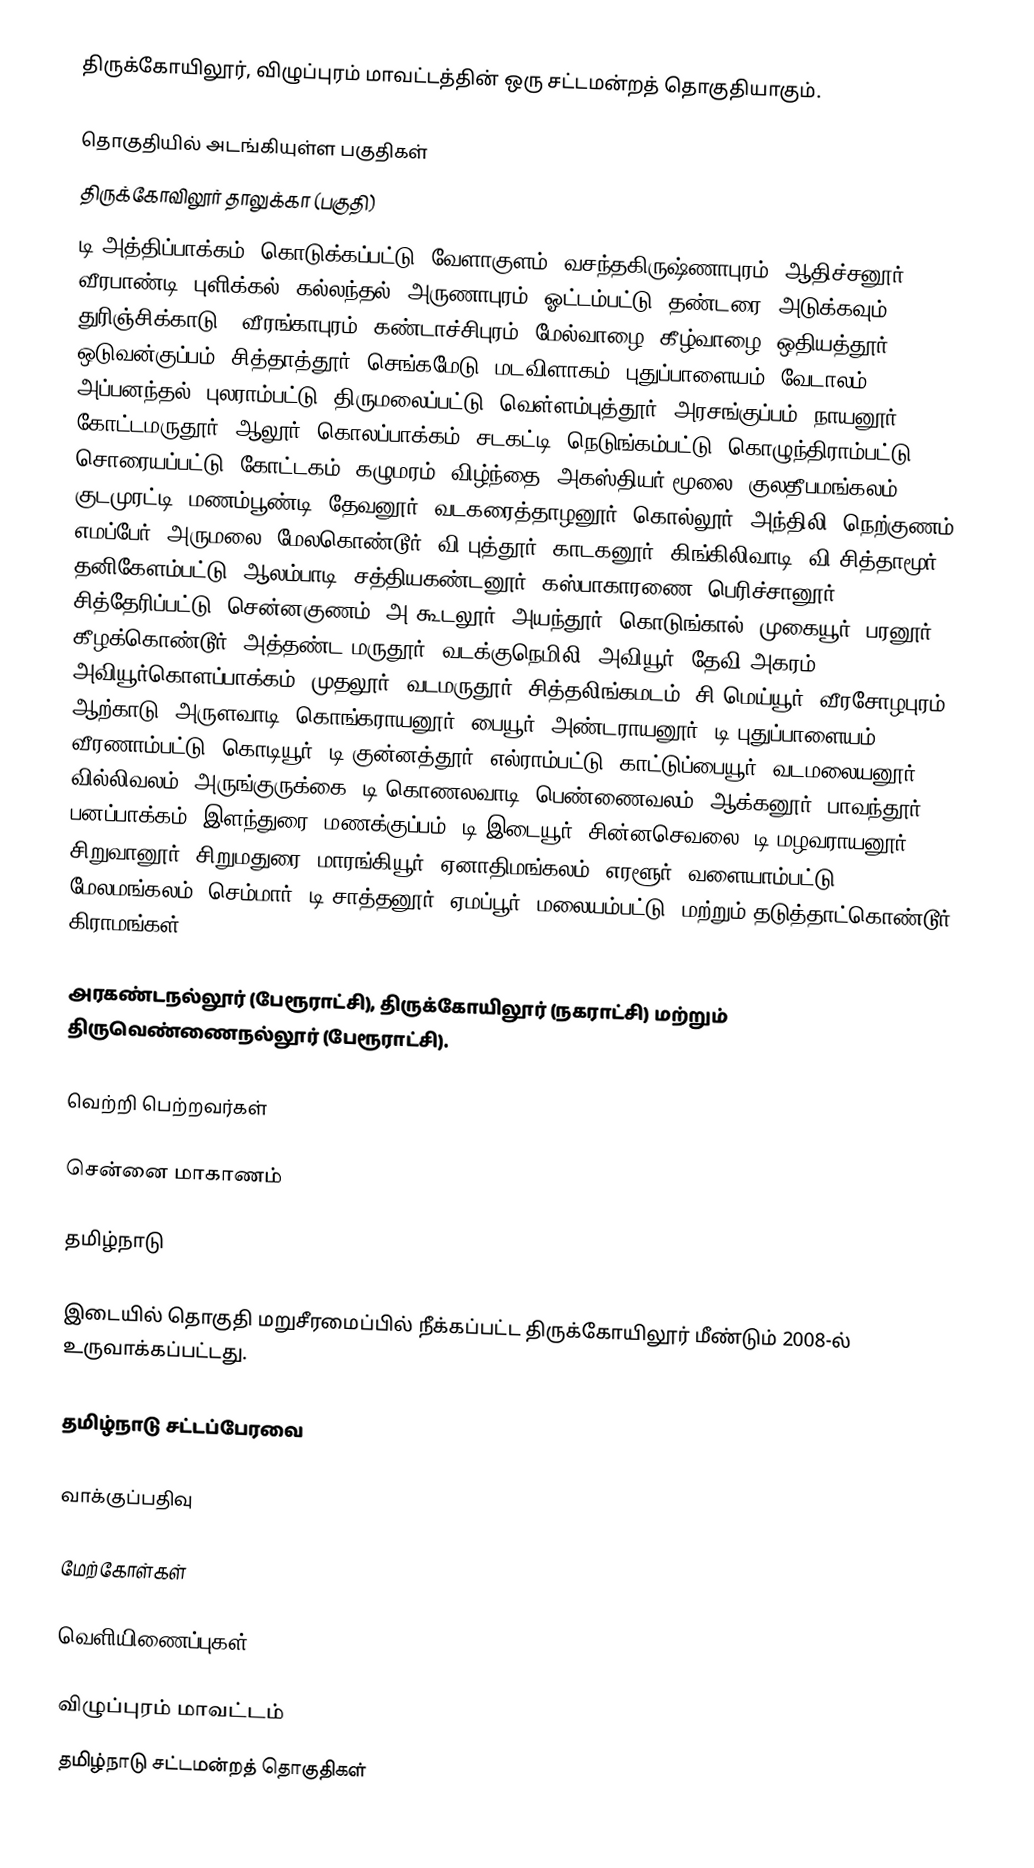
திருக்கோயிலூர், விழுப்புரம் மாவட்டத்தின் ஒரு சட்டமன்றத் தொகுதியாகும்.

தொகுதியில் அடங்கியுள்ள பகுதிகள்
திருக்கோவிலூர் தாலுக்கா (பகுதி)
டி.அத்திப்பாக்கம், கொடுக்கப்பட்டு, வேளாகுளம், வசந்தகிருஷ்ணாபுரம், ஆதிச்சனூர், வீரபாண்டி, புளிக்கல், கல்லந்தல், அருணாபுரம், ஓட்டம்பட்டு, தண்டரை, அடுக்கவும், துரிஞ்சிக்காடு . வீரங்காபுரம், கண்டாச்சிபுரம், மேல்வாழை, கீழ்வாழை, ஒதியத்தூர், ஒடுவன்குப்பம், சித்தாத்தூர், செங்கமேடு, மடவிளாகம், புதுப்பாளையம், வேடாலம், அப்பனந்தல், புலராம்பட்டு, திருமலைப்பட்டு, வெள்ளம்புத்தூர், அரசங்குப்பம், நாயனூர், கோட்டமருதூர், ஆலூர், கொலப்பாக்கம், சடகட்டி, நெடுங்கம்பட்டு, கொழுந்திராம்பட்டு, சொரையப்பட்டு, கோட்டகம், கழுமரம், விழ்ந்தை, அகஸ்தியர் மூலை, குலதீபமங்கலம், குடமுரட்டி, மணம்பூண்டி, தேவனூர், வடகரைத்தாழனூர், கொல்லூர், அந்திலி, நெற்குணம், எமப்பேர், அருமலை, மேலகொண்டூர், வி.புத்தூர், காடகனூர், கிங்கிலிவாடி, வி.சித்தாமூர், தனிகேளம்பட்டு, ஆலம்பாடி, சத்தியகண்டனூர், கஸ்பாகாரணை, பெரிச்சானூர், சித்தேரிப்பட்டு, சென்னகுணம், அ.கூடலூர், அயந்தூர், கொடுங்கால், முகையூர், பரனூர், கீழக்கொண்டூர், அத்தண்ட மருதூர், வடக்குநெமிலி, அவியூர், தேவி அகரம், அவியூர்கொளப்பாக்கம், முதலூர், வடமருதூர், சித்தலிங்கமடம், சி.மெய்யூர், வீரசோழபுரம், ஆற்காடு, அருளவாடி, கொங்கராயனூர், பையூர், அண்டராயனூர், டி.புதுப்பாளையம், வீரணாம்பட்டு, கொடியூர், டி.குன்னத்தூர், எல்ராம்பட்டு, காட்டுப்பையூர், வடமலையனூர், வில்லிவலம், அருங்குருக்கை, டி.கொணலவாடி, பெண்ணைவலம், ஆக்கனூர், பாவந்தூர், பனப்பாக்கம், இளந்துரை, மணக்குப்பம், டி.இடையூர், சின்னசெவலை, டி.மழவராயனூர், சிறுவானூர், சிறுமதுரை, மாரங்கியூர், ஏனாதிமங்கலம், எரளூர், வளையாம்பட்டு, மேலமங்கலம், செம்மார், டி.சாத்தனூர், ஏமப்பூர், மலையம்பட்டு, மற்றும் தடுத்தாட்கொண்டூர் கிராமங்கள்.

அரகண்டநல்லூர் (பேரூராட்சி), திருக்கோயிலூர் (நகராட்சி) மற்றும் திருவெண்ணைநல்லூர் (பேரூராட்சி).

வெற்றி பெற்றவர்கள்

சென்னை மாகாணம்

தமிழ்நாடு

இடையில் தொகுதி மறுசீரமைப்பில் நீக்கப்பட்ட திருக்கோயிலூர் மீண்டும் 2008-ல் உருவாக்கப்பட்டது.

தமிழ்நாடு சட்டப்பேரவை

வாக்குப்பதிவு

மேற்கோள்கள்

வெளியிணைப்புகள்

விழுப்புரம் மாவட்டம்
தமிழ்நாடு சட்டமன்றத் தொகுதிகள்